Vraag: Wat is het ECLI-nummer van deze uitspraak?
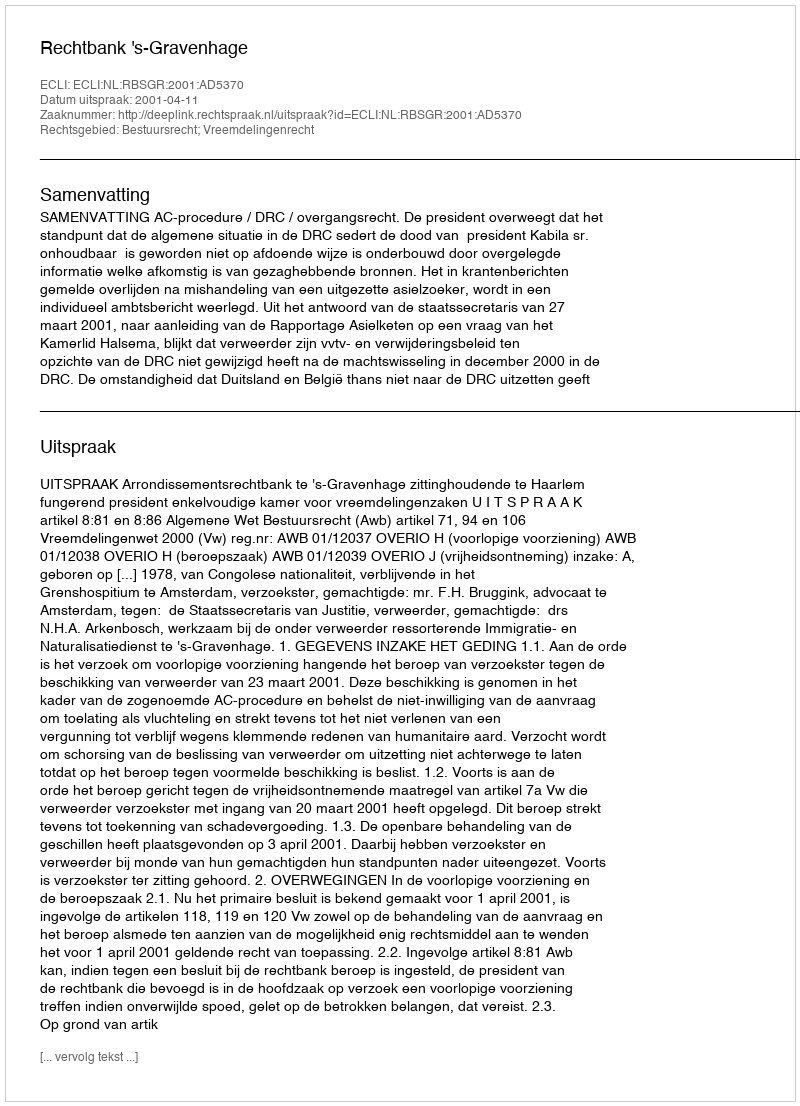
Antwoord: ECLI:NL:RBSGR:2001:AD5370